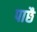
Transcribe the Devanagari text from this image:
पाछै